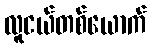
လူငယ်တစ်ယောက်